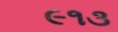
૯૧૩